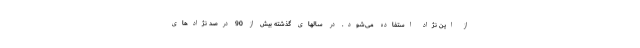
از این نژاد استفاده می‌شود. در سالهای گذشته بیش از 90 درصد نژادهای